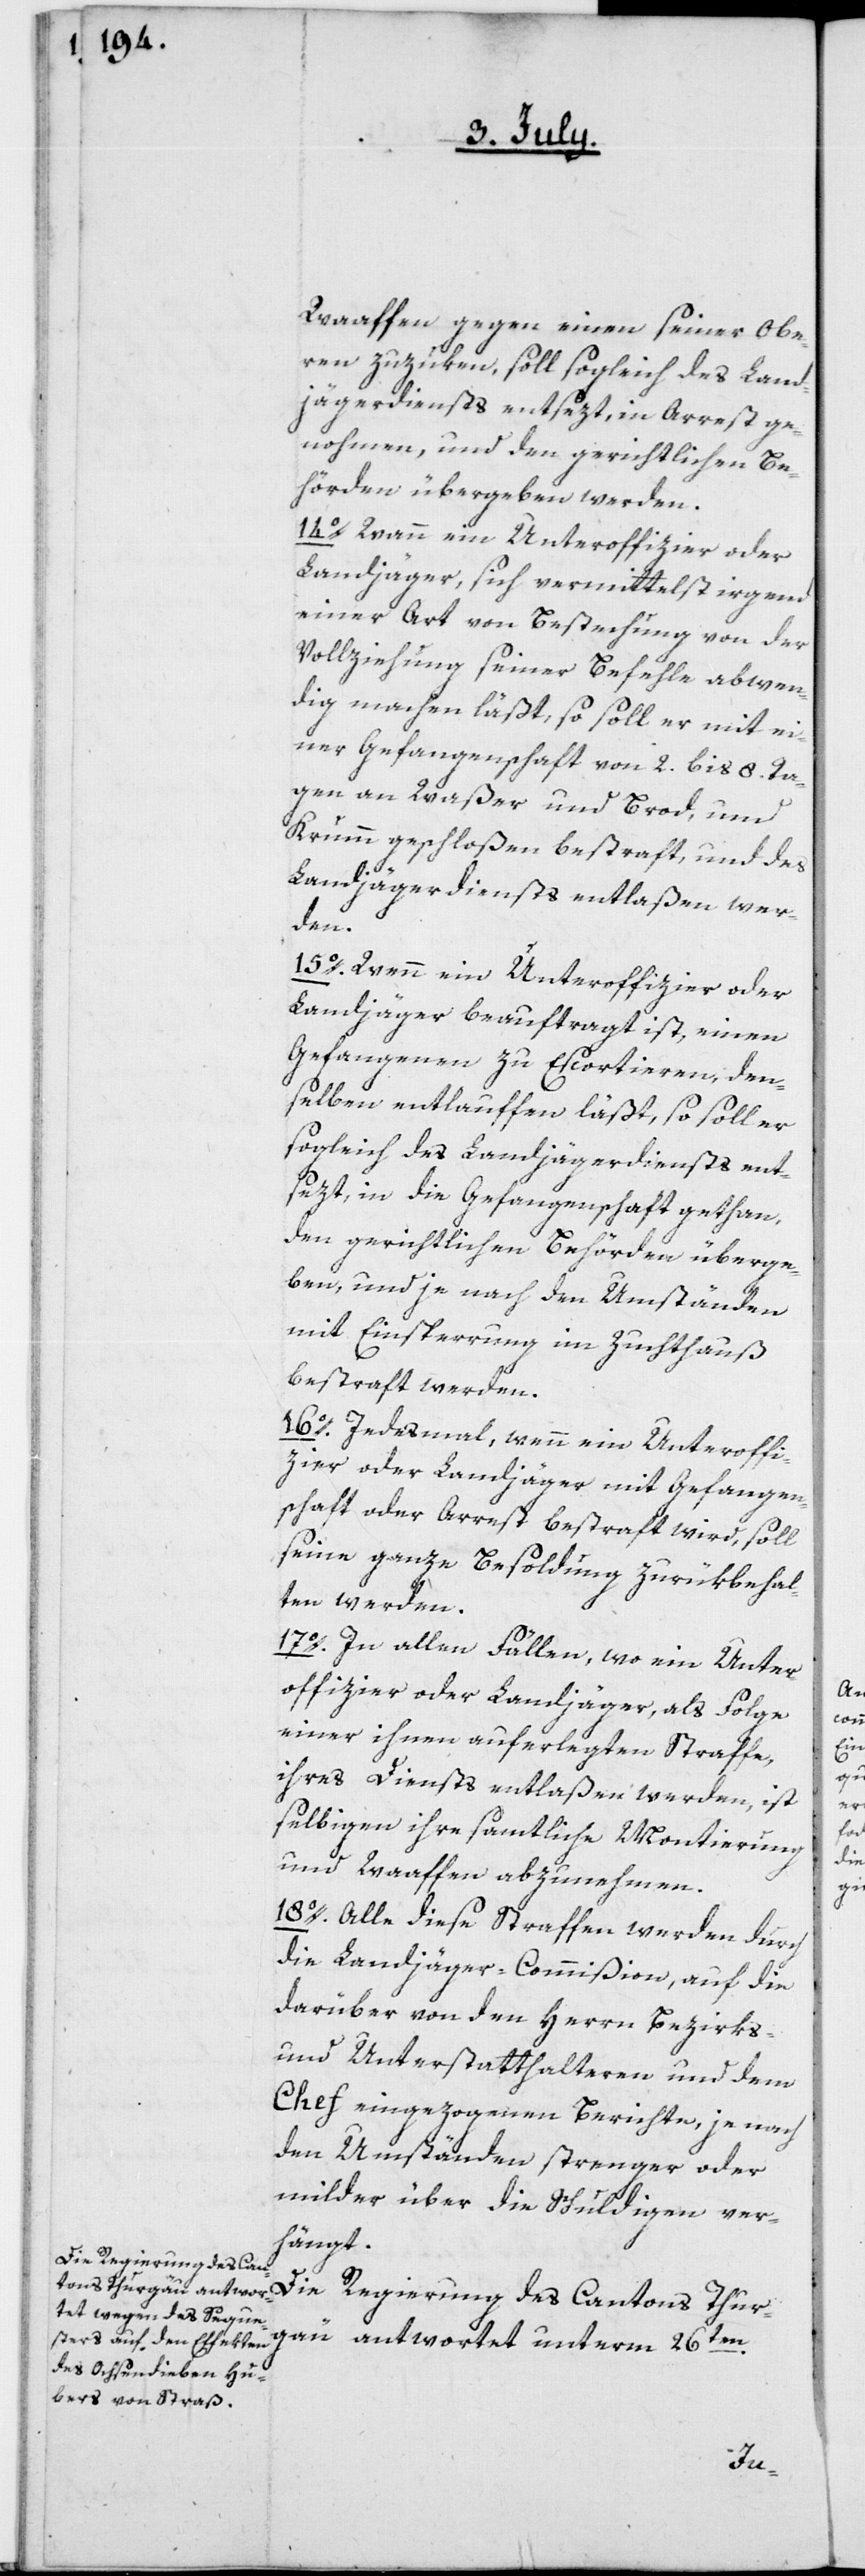
Waaffen gegen einen seiner Obe¬
ren zu zuken, soll sogleich des Land¬
jägerdiensts entsezt, in Arrest ge¬
nohmen, und den gerichtlichen Be¬
hörden übergeben werden.
14o. Wann ein Unteroffizier oder
Landjäger sich vermittelst irgend
einer Art von Bestechung von der
Vollziehung seiner Befehle abwen¬
dig machen läßt, so soll er mit ei¬
ner Gefangenschaft von 2. bis 8. Ta¬
gen an Waßer und Brod, und
Krumm geschloßen bestraft, und des
Landjägerdiensts entlaßen wer¬
den
15o. Wenn ein Unteroffizier oder
Landjäger beauftragt ist, einen
Gefangenen zu Escortieren
selben entlauffen läßt, so soll er
sogleich des Landjägerdiensts ent¬
sezt, in die Gefangenschaft gethan,
den gerichtlichen Behörden überge¬
ben, und je nach den Umständen
mit Einsperrung im Zuchthauß
bestraft werden.
16o. Jedesmal, wenn ein Unteroffi¬
zier oder Landjäger mit Gefangen¬
schaft oder Arrest bestraft wird, soll
seine ganze Besoldung zurükbehal¬
ten werden.
17o. In allen Fällen, wo ein Unter¬
offizier oder Landjäger, als Folge
einer ihnen auferlegten Straffe,
ihres Diensts entlaßen werden, ist
selbigen ihre samtliche Montierung
und Waaffen abzunehmen.
18o. Alle diese Straffen werden durch
die Landjäger-Commißion, auf die
darüber von den Herrn Bezirks-
und Unterstatthalteren und dem
Chef eingezogenen Berichte, je nach
den Umständen strenger oder
milder über die Schuldigen ver¬
hängt.
Die Regierung des Cantons Thur¬
gau antwortet unterm 26ten